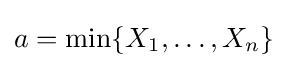
a=\min\{X_{1},\dots ,X_{n}\}